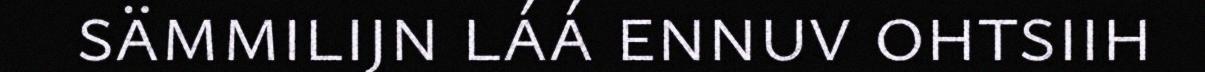
sämmilijn láá ennuv ohtsiih